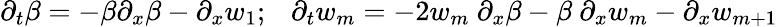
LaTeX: \partial_{t}\beta=-\beta\partial_{x}\beta-\partial_{x}w_{1};~~~\partial_{t}w_{m}=-2w_{m}~\partial_{x}\beta-\beta~\partial_{x}w_{m}-\partial_{x}w_{m+1}